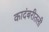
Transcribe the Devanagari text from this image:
कादंबरीतली